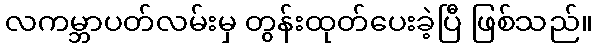
လကမ္ဘာပတ်လမ်းမှ တွန်းထုတ်ပေးခဲ့ပြီ ဖြစ်သည်။